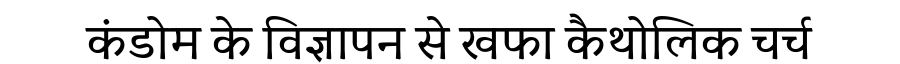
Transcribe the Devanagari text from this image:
कंडोम के विज्ञापन से खफा कैथोलिक चर्च